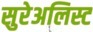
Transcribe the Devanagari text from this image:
सुरेअलिस्ट